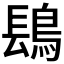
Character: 𬷔